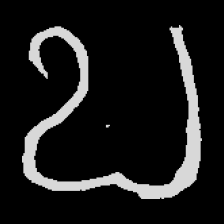
Pyu character \u2014 Myanmar letter: ဎ (romanized: ddha)